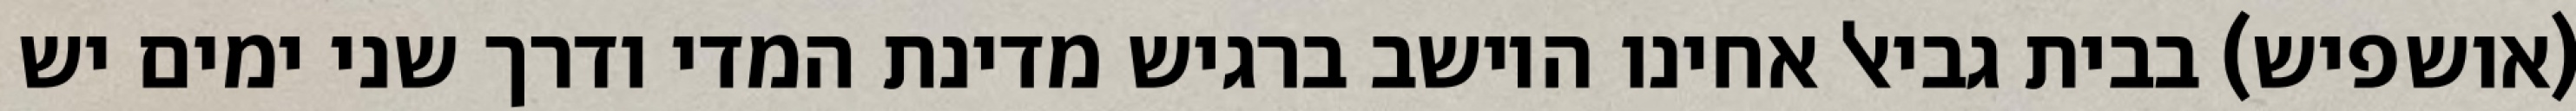
(אושפיש) בבית גביאל אחינו היושב ברגיש מדינת המדי ודרך שני ימים יש